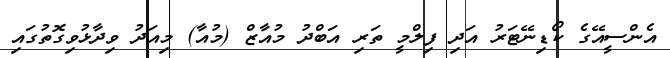
އެންސީއޭގެ ކޯޑިނޭޓަރު އަދި ފިލްމީ ތަރި އަބްދު މުއާޒް (މުއާ) މިއަދު ވިދާޅުވިގޮތުގައި